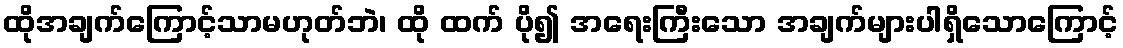
ထိုအချက်ကြောင့်သာမဟုတ်ဘဲ၊ ထို ထက် ပို၍ အရေးကြီးသော အချက်များပါရှိသောကြောင့်